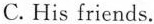
C. His friends.